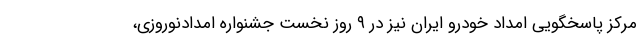
مرکز پاسخگویی امداد خودرو ایران نیز در ۹ روز نخست جشنواره امدادنوروزی،